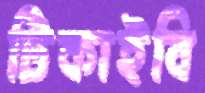
টিকাইবি